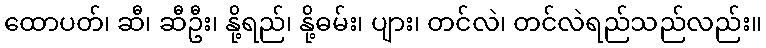
ထောပတ်၊ ဆီ၊ ဆီဦး၊ နို့ရည်၊ နို့ဓမ်း၊ ပျား၊ တင်လဲ၊ တင်လဲရည်သည်လည်း။